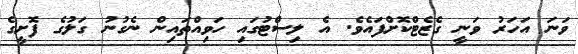
ވަނަ އަހަރު ވަނީ ގެޒެޓްކޮށްފައެވެ. އެ ލިސްޓުގައި ހަވިއްތައިން ނެގުނު ގަލުގެ ފޮށީގެ